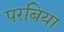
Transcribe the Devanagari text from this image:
परबिया